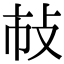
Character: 𢻵